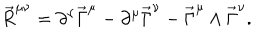
\vec { R } ^ { \mu \nu } = \partial ^ { \nu } \vec { \Gamma } ^ { \mu } - \partial ^ { \mu } \vec { \Gamma } ^ { \nu } - \vec { \Gamma } ^ { \mu } \wedge \vec { \Gamma } ^ { \nu } .